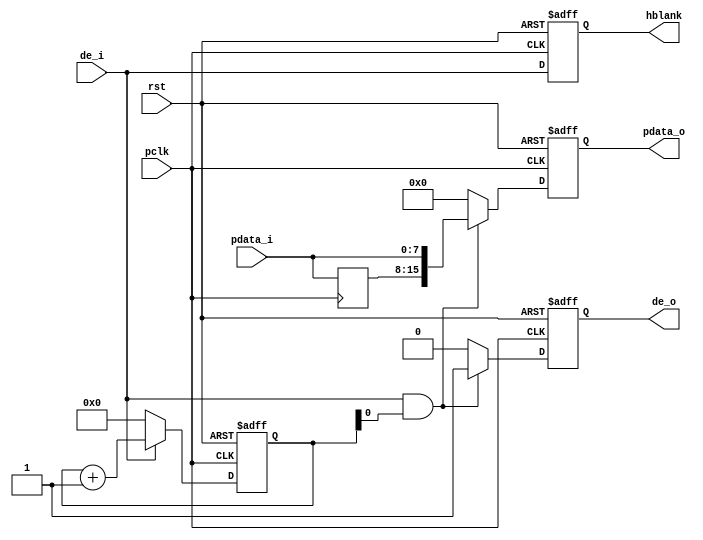
//////////////////////////////////////////////////////////////////////////////////
//  CMOS sensor 8bit data is converted to 16bit data                            //
//                                                                              //
//          msq@qq.com                                                          //
//          ALINX(shanghai) Technology Co.,Ltd                                  //
//          heijin                                                              //
//     WEB: http://www.alinx.cn/                                                //
//     BBS: http://www.heijin.org/                                              //
//                                                                              //
//////////////////////////////////////////////////////////////////////////////////
//                                                                              //
// Copyright (c) 2017,ALINX(shanghai) Technology Co.,Ltd                        //
//                    All rights reserved                                       //
//                                                                              //
// This source file may be used and distributed without restriction provided    //
// that this copyright statement is not removed from the file and that any      //
// derivative work contains the original copyright notice and the associated    //
// disclaimer.                                                                  //
//                                                                              //
//////////////////////////////////////////////////////////////////////////////////

//================================================================================
//  Revision History:
//  Date          By            Revision    Change Description
//--------------------------------------------------------------------------------
//  2017/7/19     meisq          1.0         Original
//*******************************************************************************/

module cmos_8_16bit(
	input              rst,
	input              pclk,
	input [7:0]        pdata_i,
	input              de_i,
	output reg[15:0]   pdata_o,
	output reg         hblank,
	output reg         de_o
);
reg[7:0] pdata_i_d0;
reg[11:0] x_cnt;
always@(posedge pclk)
begin
	pdata_i_d0 <= pdata_i;
end

always@(posedge pclk or posedge rst)
begin
	if(rst)
		x_cnt <= 12'd0;
	else if(de_i)
		x_cnt <= x_cnt + 12'd1;
	else
		x_cnt <= 12'd0;
end

always@(posedge pclk or posedge rst)
begin
	if(rst)
		de_o <= 1'b0;
	else if(de_i && x_cnt[0])
		de_o <= 1'b1;
	else
		de_o <= 1'b0;
end

always@(posedge pclk or posedge rst)
begin
	if(rst)
		hblank <= 1'b0;
	else
		hblank <= de_i;
end

always@(posedge pclk or posedge rst)
begin
	if(rst)
		pdata_o <= 16'd0;
	else if(de_i && x_cnt[0])
		pdata_o <= {pdata_i_d0,pdata_i};
	else
		pdata_o <= 16'd0;
end

endmodule